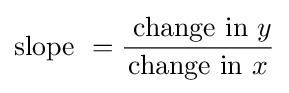
{\text{slope }}={\frac {{\text{ change in }}y}{{\text{change in }}x}}